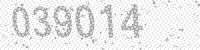
Solution: 039014